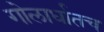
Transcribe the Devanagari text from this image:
गोलार्धातच